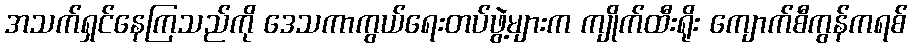
အသက်ရှင်နေကြသည်ကို ဒေသကာကွယ်ရေးတပ်ဖွဲ့များက ကျိုက်ထီးရိုး ကျောက်စီကွန်ကရစ်